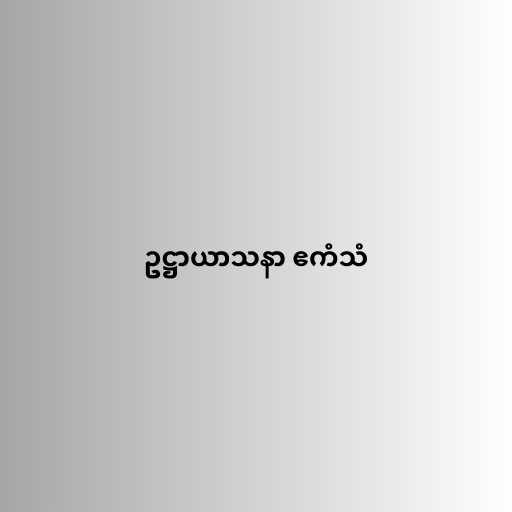
ဥဋ္ဌာယာသနာ ဧကံသံ